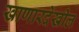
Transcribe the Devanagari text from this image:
खाणारदेखील